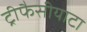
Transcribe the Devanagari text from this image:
ट्रीफैसीयाटा